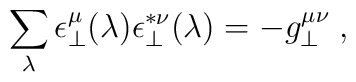
\sum_{\lambda} \epsilon^\mu_\perp(\lambda)\epsilon^{*\nu}_\perp(\lambda) = -g_\perp^{\mu \nu} \;,